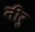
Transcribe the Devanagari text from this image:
नीरु